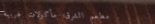
مطعم الشرق: مأكولات عربية